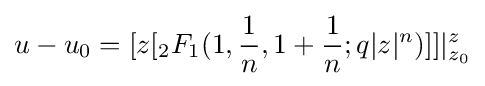
u-u_{0}=[z[_{2}F_{1}(1,{\frac {1}{n}},1+{\frac {1}{n}};q|z|^{n})]]|_{z_{0}}^{z}